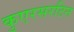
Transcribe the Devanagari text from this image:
कुएरसरटिन